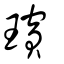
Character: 璸